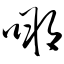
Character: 嗍